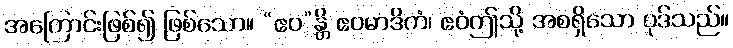
အကြောင်းဖြစ်၍ ဖြစ်သော။ “ဧဝ”န္တိ ဧဝမာဒိကံ၊ ဧဝံဤသို့ အစရှိသော ပုဒ်သည်။